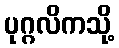
ပုဂ္ဂလိကသို့